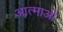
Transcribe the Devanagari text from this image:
आत्माओ